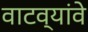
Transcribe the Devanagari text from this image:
वाटव्यांवे